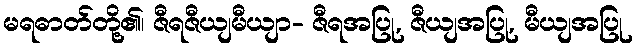
မရဓာတ်တို့၏၊ ဇီရဇီယျမီယျာ- ဇီရအပြု, ဇီယျအပြု, မီယျအပြု